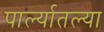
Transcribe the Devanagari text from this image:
पार्ल्यातल्या